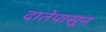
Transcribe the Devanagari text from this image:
दातेपासून